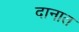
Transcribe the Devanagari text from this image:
दानात